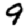
Digit: 9